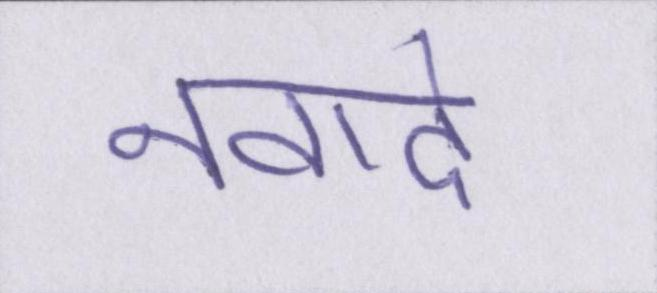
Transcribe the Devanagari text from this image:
नवादे